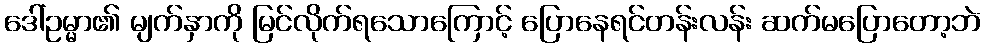
ဒေါ်ဥမ္မာ၏ မျက်နှာကို မြင်လိုက်ရသောကြောင့် ပြောနေရင်တန်းလန်း ဆက်မပြောတော့ဘဲ